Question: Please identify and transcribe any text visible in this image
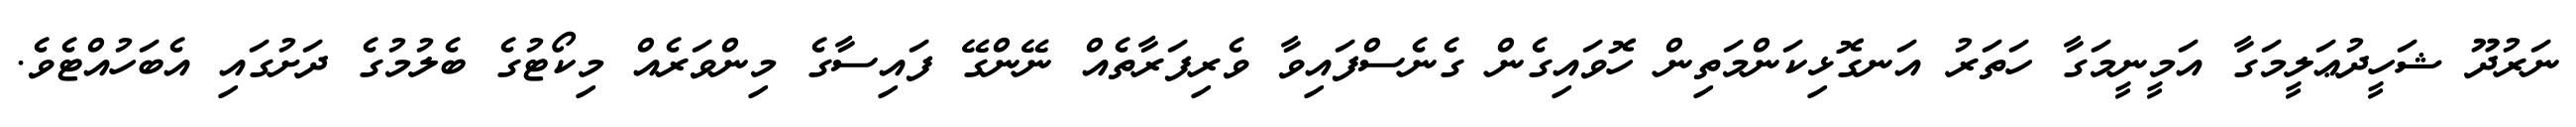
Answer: ނަރުދޫ ޝަހީދުޢަލީމަގާ އަމީނީމަގާ ހަތަރު އަނގޮޅިކަންމަތިން ހޮވައިގެން ގެނެސްފައިވާ ވެރިފަރާތެއް ނޭންގޭ ފައިސާގެ މިންވަރެއް މިކޯޓުގެ ބެލުމުގެ ދަށުގައި އެބަހުއްޓެވެ.